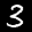
Label: 3